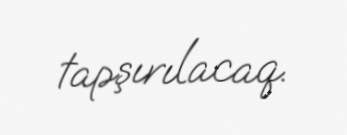
tapşırılacaq.